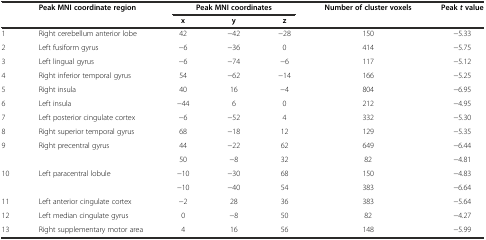
<table><thead><tr><td></td><td><b>Peak MNI coordinate region</b></td><td colspan="3"><b>Peak MNI coordinates</b></td><td><b>Number of cluster voxels</b></td><td><b>Peak<i>t</i>value</b></td></tr><tr><td></td><td></td><td><b>x</b></td><td><b>y</b></td><td><b>z</b></td><td></td><td></td></tr></thead><tbody><tr><td>1</td><td>Right cerebellum anterior lobe</td><td>42</td><td>−42</td><td>−28</td><td>150</td><td>−5.33</td></tr><tr><td>2</td><td>Left fusiform gyrus</td><td>−6</td><td>−36</td><td>0</td><td>414</td><td>−5.75</td></tr><tr><td>3</td><td>Left lingual gyrus</td><td>−6</td><td>−74</td><td>−6</td><td>117</td><td>−5.12</td></tr><tr><td>4</td><td>Right inferior temporal gyrus</td><td>54</td><td>−62</td><td>−14</td><td>166</td><td>−5.25</td></tr><tr><td>5</td><td>Right insula</td><td>40</td><td>16</td><td>−4</td><td>804</td><td>−6.95</td></tr><tr><td>6</td><td>Left insula</td><td>−44</td><td>6</td><td>0</td><td>212</td><td>−4.95</td></tr><tr><td>7</td><td>Left posterior cingulate cortex</td><td>−6</td><td>−52</td><td>4</td><td>332</td><td>−5.30</td></tr><tr><td>8</td><td>Right superior temporal gyrus</td><td>68</td><td>−18</td><td>12</td><td>129</td><td>−5.35</td></tr><tr><td>9</td><td>Right precentral gyrus</td><td>44</td><td>−22</td><td>62</td><td>649</td><td>−6.44</td></tr><tr><td></td><td></td><td>50</td><td>−8</td><td>32</td><td>82</td><td>−4.81</td></tr><tr><td>10</td><td>Left paracentral lobule</td><td>−10</td><td>−30</td><td>68</td><td>150</td><td>−4.83</td></tr><tr><td></td><td></td><td>−10</td><td>−40</td><td>54</td><td>383</td><td>−6.64</td></tr><tr><td>11</td><td>Left anterior cingulate cortex</td><td>−2</td><td>28</td><td>36</td><td>383</td><td>−5.64</td></tr><tr><td>12</td><td>Left median cingulate gyrus</td><td>0</td><td>−8</td><td>50</td><td>82</td><td>−4.27</td></tr><tr><td>13</td><td>Right supplementary motor area</td><td>4</td><td>16</td><td>56</td><td>148</td><td>−5.99</td></tr></tbody></table>